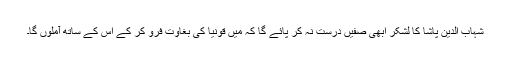
شہاب الدین پاشا کا لشکر ابھی صفیں درست نہ کر پائے گا کہ میں قونیا کی بغاوت فرو کر کے اس کے ساتھ آملوں گا۔